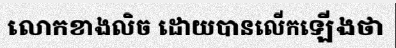
លោកខាងលិច ដោយបានលើកឡើងថា